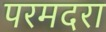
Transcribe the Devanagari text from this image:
परमदरा